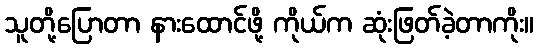
သူတို့ပြောတာ နားထောင်ဖို့ ကိုယ်က ဆုံးဖြတ်ခဲ့တာကိုး။